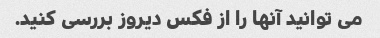
می توانید آنها را از فکس دیروز بررسی کنید.